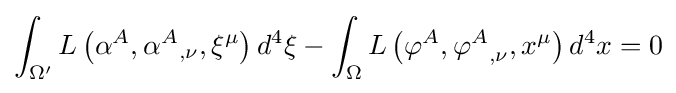
\int _{\Omega ^{\prime }}L\left(\alpha ^{A},{\alpha ^{A}}_{,\nu },\xi ^{\mu }\right)d^{4}\xi -\int _{\Omega }L\left(\varphi ^{A},{\varphi ^{A}}_{,\nu },x^{\mu }\right)d^{4}x=0